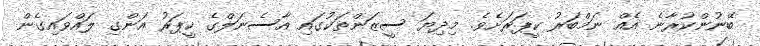
ބޭނުންކުރާނެ އެއް ނަމްބަރު ކީޕަރަށެވެ. މިދިޔަ ސީޒަންތަކުގައި އާސެނަލްގެ ކީޕަރު އަންގި ލައްވައިގެން